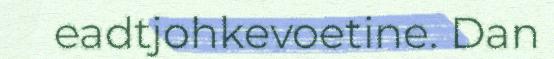
eadtjohkevoetine. Dan